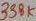
Text: 338K